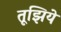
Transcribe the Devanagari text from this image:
तूझिये